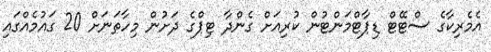
އެމެރިކާގެ ސްޓޭޓް ޑިޕާޓްމަންޓުން ކުރިއަށް ގެންދާ ޓިޕްގެ ދަށުން މިހާތަނަށް 20 ގައުމެއްގައި